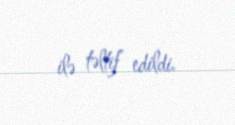
ilə təltif edildi.